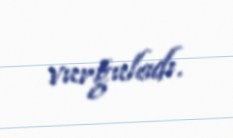
vurğuladı.